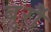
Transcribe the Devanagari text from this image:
बुर्रौ